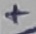
Text: +